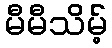
မီမီသိမ့်